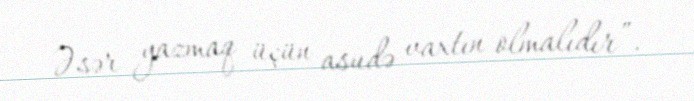
Əsər yazmaq üçün asudə vaxtın olmalıdır”.